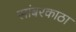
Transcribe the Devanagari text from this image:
सांबरकाठा